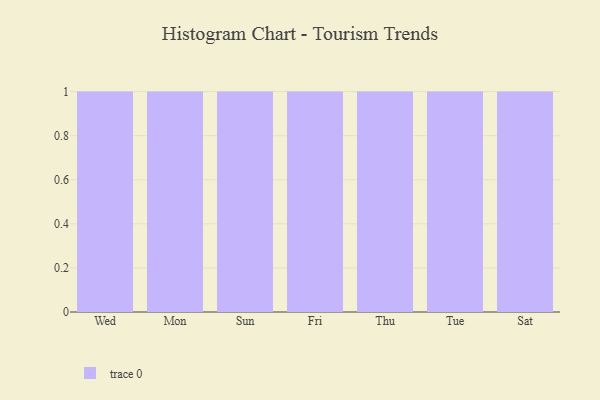
{"axis": {"x": "Day", "y": "Shipments"}, "legend": [""], "data": [{"x": "Wed", "y": 94, "type": ""}, {"x": "Mon", "y": 26, "type": ""}, {"x": "Sun", "y": 40, "type": ""}, {"x": "Fri", "y": 95, "type": ""}, {"x": "Thu", "y": 47, "type": ""}, {"x": "Tue", "y": 87, "type": ""}, {"x": "Sat", "y": 79, "type": ""}]}